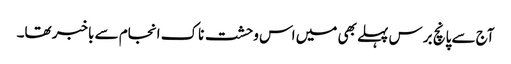
آج سے پانچ برس پہلے بھی میں اس وحشت ناک انجام سے باخبر تھا۔